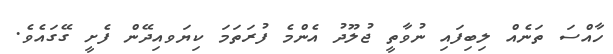
ހާއްސަ ތަނެއް ލިބިފައި ނުވާތީ ޖުލޫދު އެންމެ ފުރަތަމަ ކިޔަވއިދޭން ފެށީ ގޭގައެވެ.